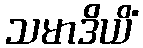
သမာဒိယိံ